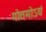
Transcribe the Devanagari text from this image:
गोतमोऽयं